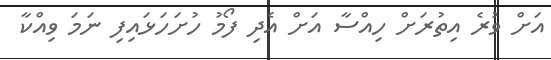
އަށް ވުރެ އިތުރަށް ހިއްސާ އަށް އެދި ފޯމު ހުށަހަޅައިފި ނަމަ ވިއްކާ